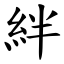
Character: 絆